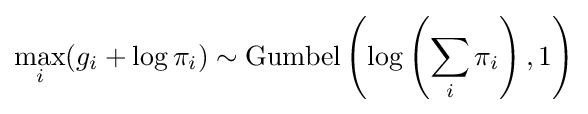
\max _{i}(g_{i}+\log \pi _{i})\sim {\text{Gumbel}}\left(\log \left(\sum _{i}\pi _{i}\right),1\right)